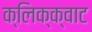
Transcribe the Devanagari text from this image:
क्लिक्क्वाट